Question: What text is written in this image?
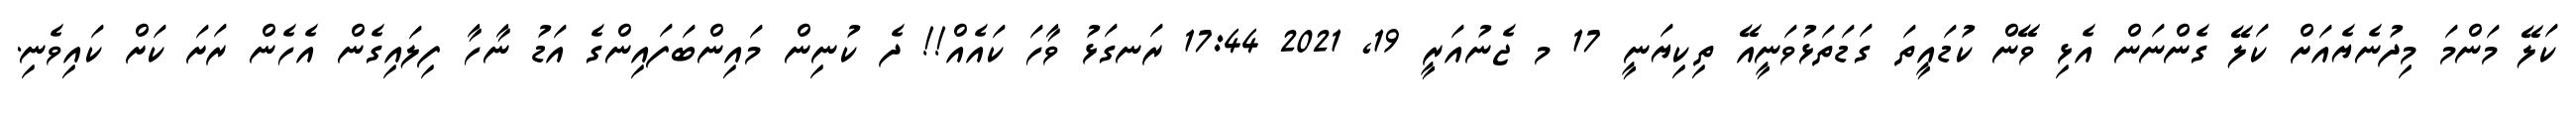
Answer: ކަލޭ މަންމަ މިދުނެޔެއަށް ކަލޭ ގެންނަން އެޅި ވޭން ކުޑައީތަ ގަޑަތަޅުވަނީއޭ ތިކިޔަނީ 17 މ ޖެނުއަރީ 19, 2021 17:44 ރަނގަޅު ވާހަ ކައެއް!! ދެ ކުނިން މައިންބަފައިންގެ އަޑު ނާހާ ފިލައިގެން އެހެން ރަށަ ކަށް ކައިވެނި.